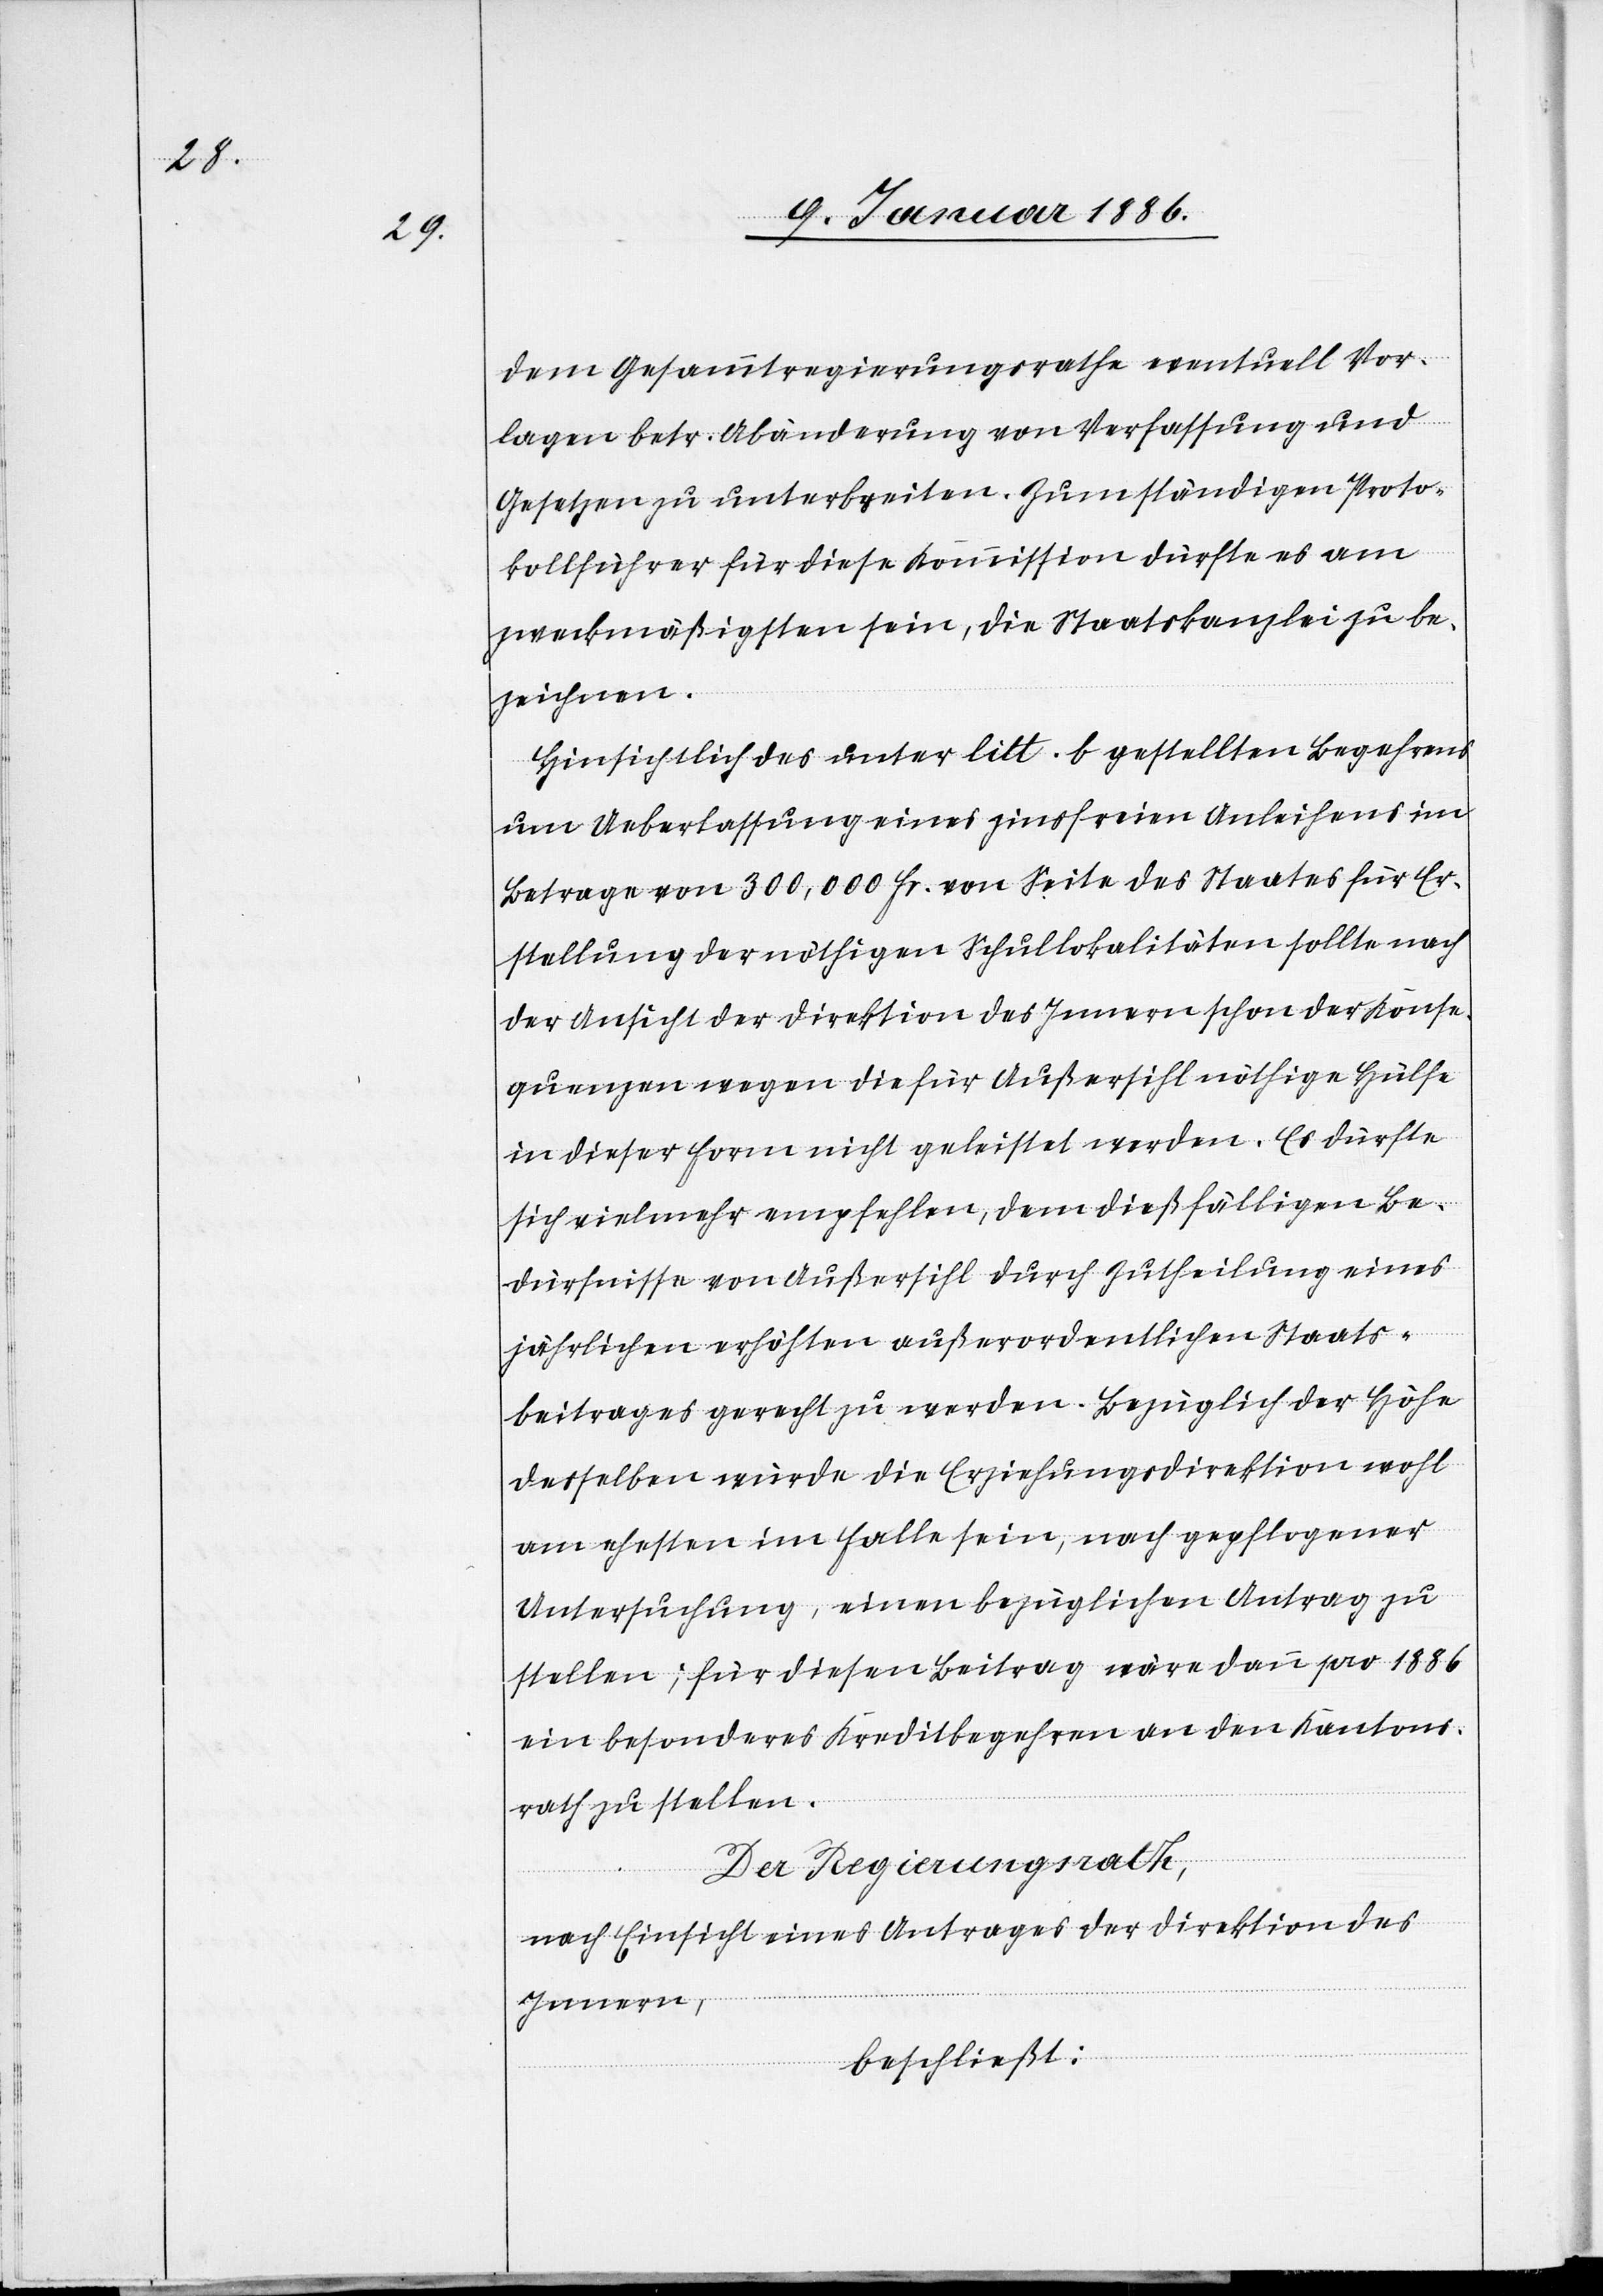
dem Gesammtregierungsrathe eventuell Vor¬
lagen betr. Abänderung von Verfassung und
Gesetz zu unterbreiten. Zum ständigen Proto¬
kollführer für diese Kommission dürfte es am
zweckmäßigsten sein, die Staatskanzlei zu be¬
zeichnen.
Hinsichtlich des unter litt. b gestellten Begehrens
um Ueberlassung eines zinsfreien Anleihens im
Betrage von 300,000 Fr. von Seite des Staates für Er¬
stellung der nöthigen Schullokalitäten sollte nach
der Ansicht der Direktion des Innern schon der Konse¬
quenzen wegen die für Außersihl nöthige Hülfe
in dieser Firm nicht geleistet werden Es dürfte
sich vielmehr empfehlen, dem dießfälligen Be¬
dürfnisse von Außersihl durch Zutheilung eines
jährlichen erhöhten außerordentlichen Staats¬
beitrages gerecht zu werden. Bezüglich der Höhe
derselben würde die Erziehungsdirektion wohl
am ehesten im Falle sein, nach gepflogener
Untersuchung, einen bezüglichen Antrag zu
stellen; für diesen Beitrag wäre dann pro 1886
ein besonderes Kreditbegehren an den Kantons¬
rath zu stellen.
Der Regierungsrath,
nach Einsicht eines Antrages der Direktion des
Innern,
beschließt: